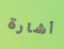
أشارة